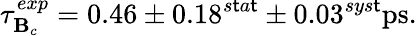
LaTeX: \tau_{\mathbf{B}_{c}}^{exp}=0.46\pm0.18^{s\mathsf{t}a\mathsf{t}}\pm0.03^{sys\mathsf{t}}\mathrm{{ps}}.